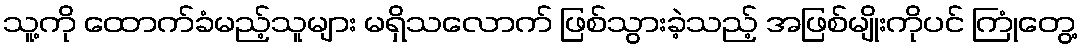
သူ့ကို ထောက်ခံမည့်သူများ မရှိသလောက် ဖြစ်သွားခဲ့သည့် အဖြစ်မျိုးကိုပင် ကြုံတွေ့